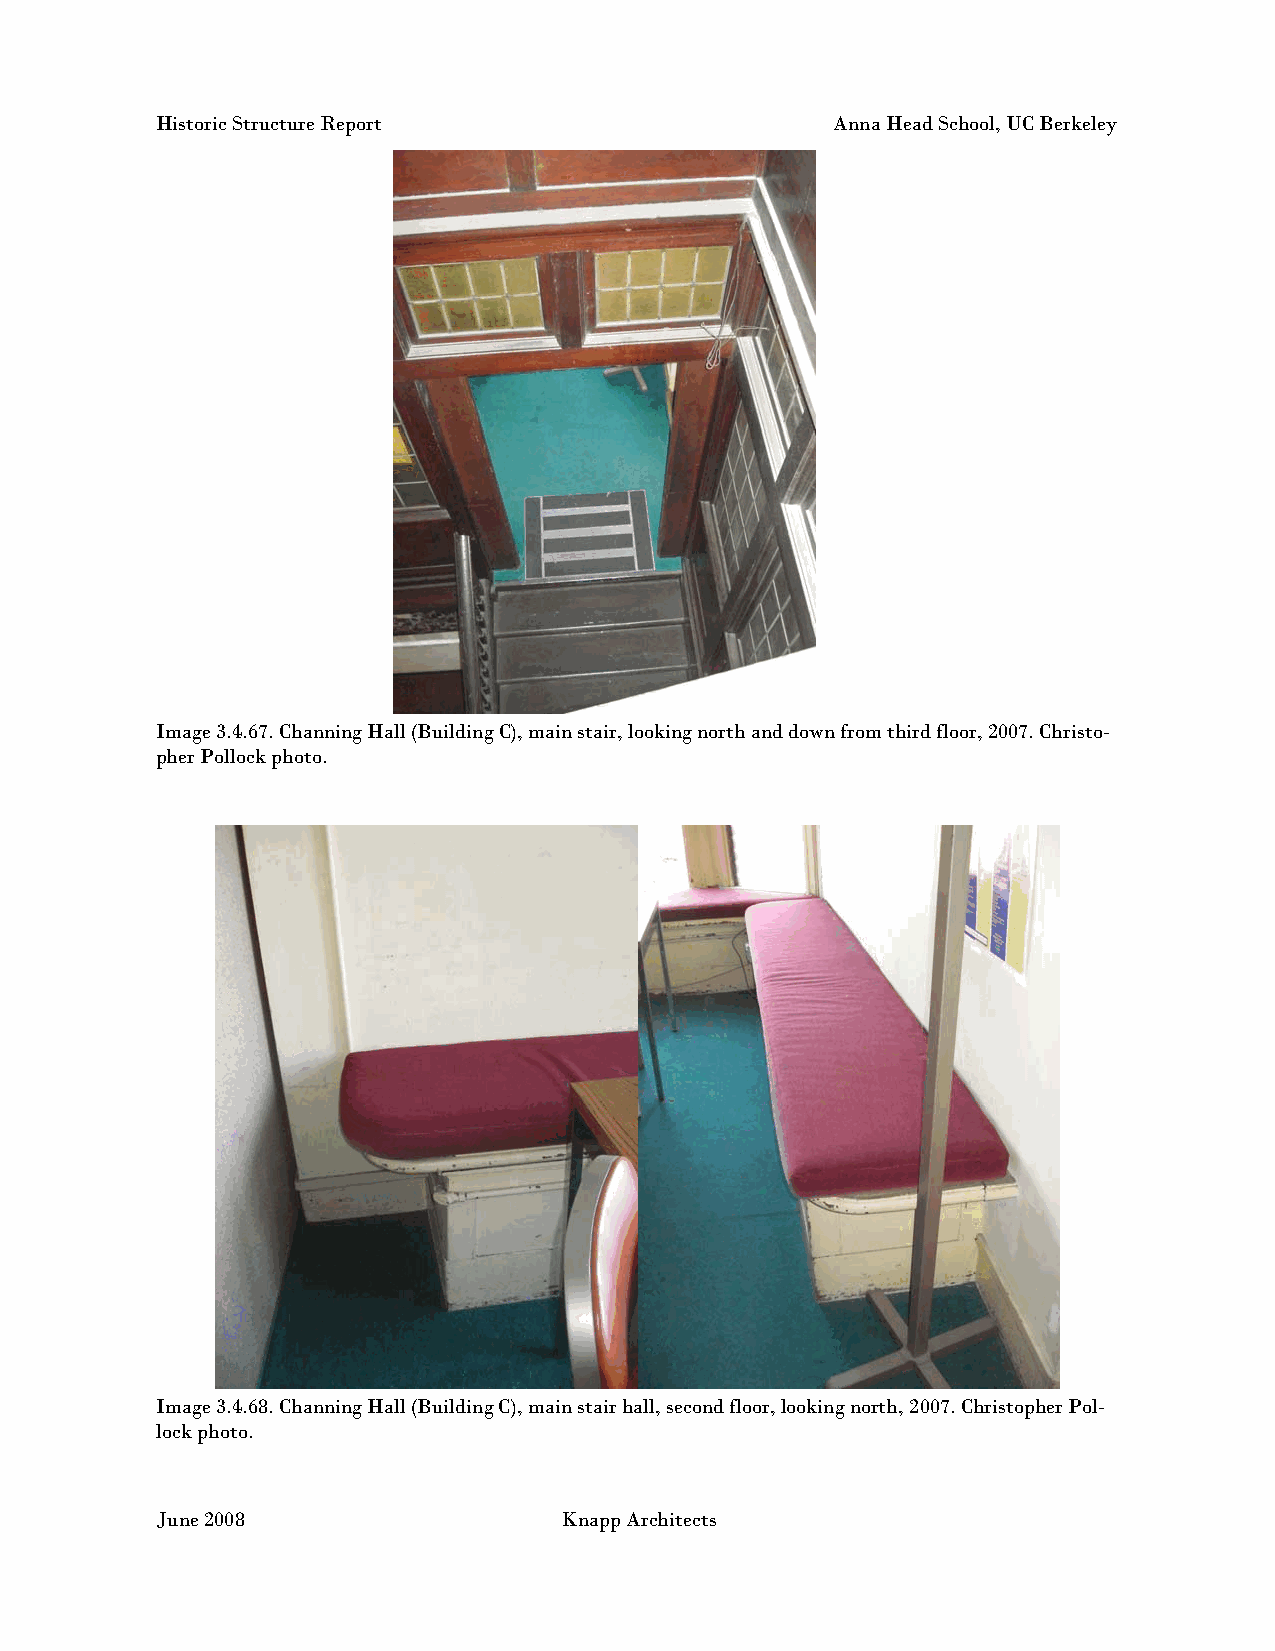
Historic Structure Report                    Anna Head School, UC Berkeley
 Image 3.4.67. Channing Hall (Building C), main stair, looking north and down from third floor, 2007. Christo-
 pher Pollock photo.
 Image 3.4.68. Channing Hall (Building C), main stair hall, second floor, looking north, 2007. Christopher Pol-
 lock photo.
 June 2008                  Knapp Architects